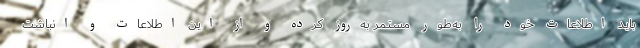
باید اطلاعات خود را به‌طور مستمر به‌روز کرده و از این اطلاعات و انباشت